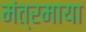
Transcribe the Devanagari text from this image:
मंत्रमाया